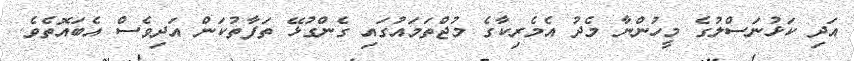
އަދި ކަޅުނަސްލުގެ މީހުންނާ މެދު އެމެރިކާގެ މުޖްތަމައުގައި ގެންގުޅޭ ތަފާތުކަން އަދިވެސް އެބައޮތެވެ.